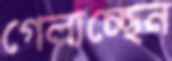
গেলাচ্ছেন